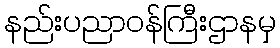
နည်းပညာဝန်ကြီးဌာနမှ